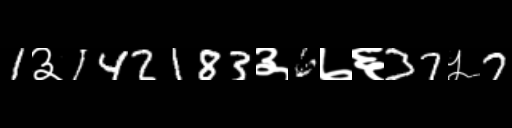
Text: 1३142183३6७६37५7